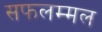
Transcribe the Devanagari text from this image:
सफलम्मल